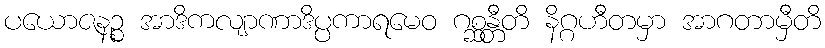
ပယောဇနဉ္စ အာဒိကလျာဏာဒိပ္ပကာရမေဝ ဂစ္ဆန္တီတိ နိဂ္ဂဟီတမှာ အာဂတာမှီတိ